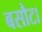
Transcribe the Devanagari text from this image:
बसौटा